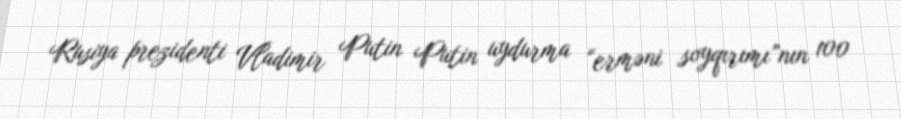
Rusiya prezidenti Vladimir Putin Putin uydurma “erməni soyqırımı”nın 100